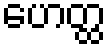
ဟေတ္ထ